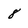
Character: 8